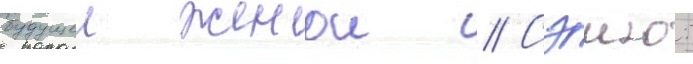
будущеи женои // Сэию: